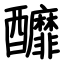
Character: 釄